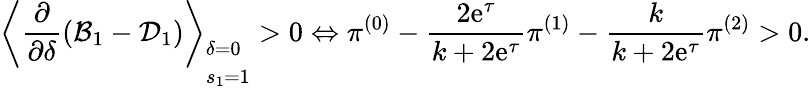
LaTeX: \left\langle\frac{\partial}{\partial\delta}(\mathcal{B}_{1}-\mathcal{D}_{1})\right\rangle_{\begin{array}{l}{\delta=0}\\ {s_{1}=1}\end{array}}>0\Leftrightarrow\pi^{(0)}-\frac{2\mathrm{e}^{\tau}}{k+2\mathrm{e}^{\tau}}\pi^{(1)}-\frac{k}{k+2\mathrm{e}^{\tau}}\pi^{(2)}>0.